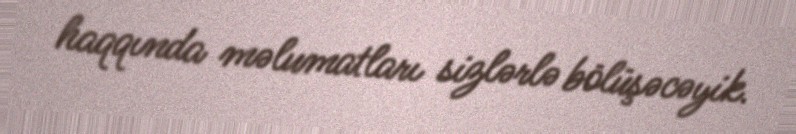
haqqında məlumatları sizlərlə bölüşəcəyik.